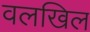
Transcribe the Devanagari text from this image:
वलखिल